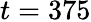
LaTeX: t=375